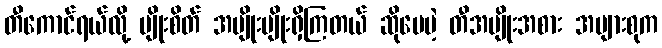
တီကောင်ရယ်လို့ မျိုးစိတ် အမျိုးမျိုးရှိကြတယ် ဆိုပေမဲ့ တီအမျိုးအစား အများစုက